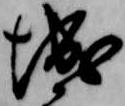
城